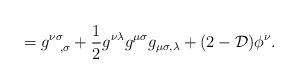
LaTeX: \begin{align*}= g^{\nu \sigma}_{~~,\sigma} + {1\over 2} g^{\nu \lambda} g^{\mu \sigma}g_{\mu \sigma , \lambda} + (2-{\cal D}) \phi^\nu .\end{align*}